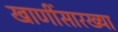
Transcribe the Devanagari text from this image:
खाणींसारख्या